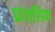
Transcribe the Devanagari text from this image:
प्रांतहिण